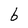
Character: 6